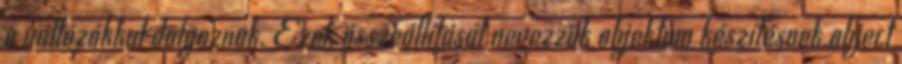
a váltózókkal dolgoznak. Ezek összeállítását nevezzük objektum készítésnek object